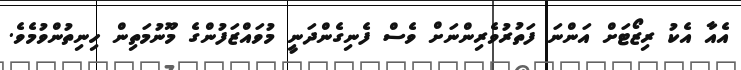
އެއާ އެކު ރިޒޯޓަށް އަންނަ ފަތުރުވެރިންނަށް ވެސް ފެނިގެންދަނީ މުވައްޒަފުންގެ މޫނުމަތިން ހިނިތުންވުމެވެ.